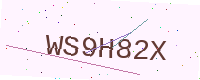
Text: WS9H82X